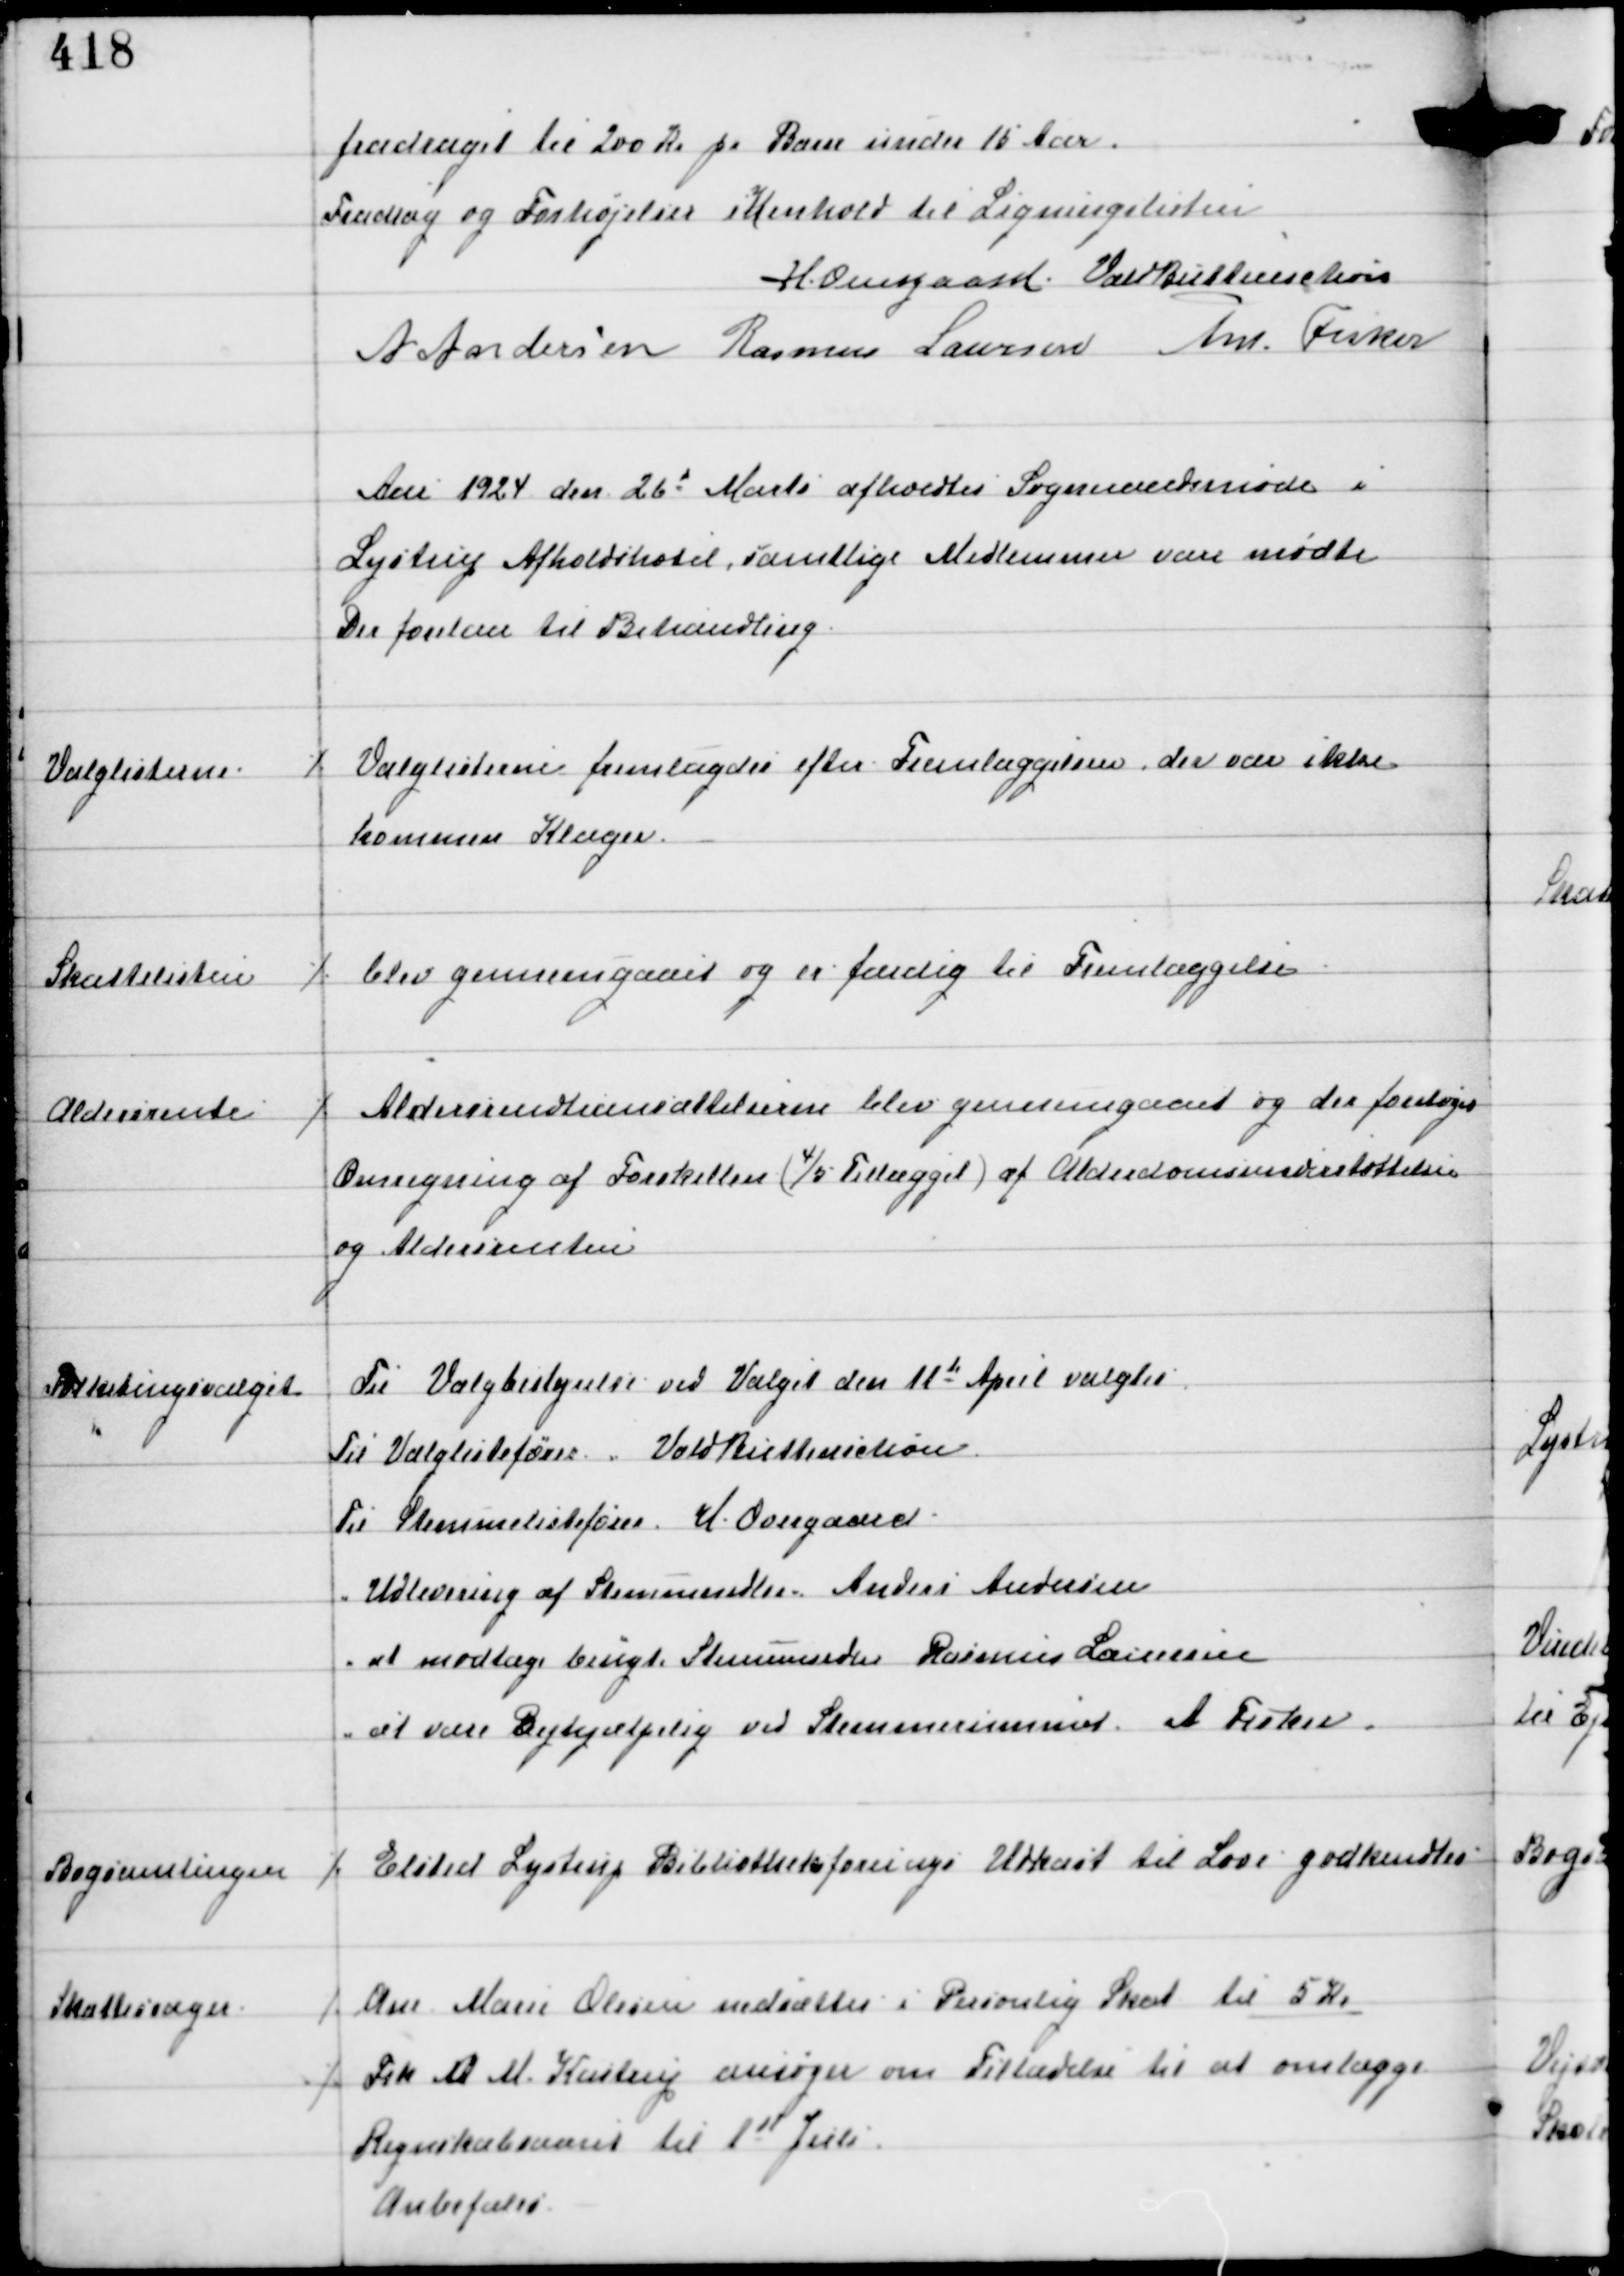
Transskription:
fradraget til 200 Kr pr Barn under 16 Aar.
Fradrag og Forhøjelser i Henhold til Ligningslisten

H. Overgaard Vald Buttenschøn
A Andersen Rasmus Laursen Ant Fisker

Aar 1924 den 26d Marts afholdtes Sogneraadsmøde i
Lystrup Afholdshotel samtlige Medlemmer vare mødte
Der forelaa til Behandling.

Valglisterne.

⁒ Valglisterne fremlagdes efter Fremlæggelsen, der var ikke
kommen Klager.

Skattelisten

⁒ blev gennemgaaet og er færdig til Fremlæggelse

Aldersrente

⁒ Aldersrenteansættelserne blev gennemgaaet og der foretoges
Omregning af Forskellen (4/5 Tillæget) af Alderdomsunderstøttelsen
og Aldersrenten

Folketingsvalget

Til Valgbestyrelse ved Valget den 11te April valgtes
Til Valglistefører Vald Buttenschøn
Til Stemmefører H. Overgaard
" Udlevering af Stemmesedler Anders Andersen
" at modtage brugte Stemmesedler Rasmus Laursen
" at være Behjælpelig ved Stemmerummet A Fisker

Bogsamlingen

⁒ Elsted Lystrup Biblioteksforenings Udkast til Lov godkendtes

Skattesager

⁒ Ane Marie Olesen nedsættes i Personlig Skat til 5 Kr
⁒ Frk M M Kastrup ansøger om Tilladelse til at omlægge
Regnskabsaaret til 1st Juli
Anbefaledes